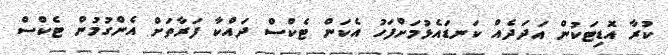
ކުރާ އޮޑިޓަކުން އަދަދެއް ކަނޑައެޅުމަށްފަހު އެކަން ޓެކްސް ދައްކާ ފަރާތަށް އެންގުމުން ޓެކްސް